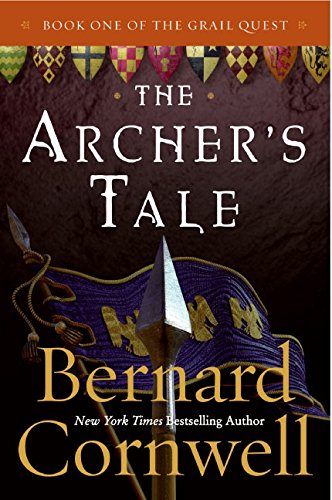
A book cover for The Archer's Tale (The Grail Quest, Book 1); Bernard Cornwell; Literature & Fiction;